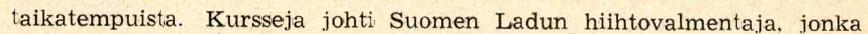
Tie'opuolista opetusta tehostivat lukuisat filmiesitykset Pallastunturin